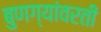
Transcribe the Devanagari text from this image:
बुणग्यांवरती